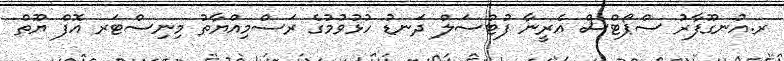
ރ.އުނގޫފާރު ސްޕޯޓްސް އެރީނާ ފުޓްސަލް ދަނޑު ހުޅުވުމުގެ ރަސްމިއްޔާތު މިނިސްޓަރ އޮފް ޔޫތް